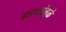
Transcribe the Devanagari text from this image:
बडव्यांमुळे